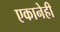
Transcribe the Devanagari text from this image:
एकानेही